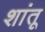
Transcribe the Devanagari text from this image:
शांतू